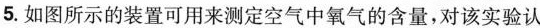
5.如图所示的装置可用来测定空气中氧气的含量，对该实验认